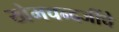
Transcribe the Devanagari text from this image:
खेमचन्दजींचे